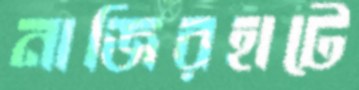
নাজিরহাটে